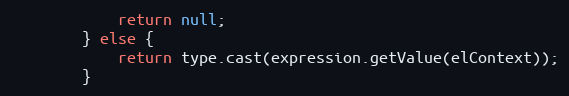
Language: Java
			return null;
		} else {
			return type.cast(expression.getValue(elContext));
		}